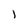
Character: j